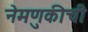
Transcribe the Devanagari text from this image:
नेमणुकीची